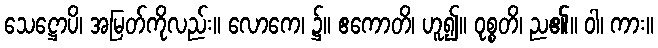
သေဋ္ဌောပိ၊ အမြတ်ကိုလည်း။ လောကေ၊ ၌။ ဧကောတိ၊ ဟူ၍။ ဝုစ္စတိ၊ ည၏။ ဝါ၊ ကား။